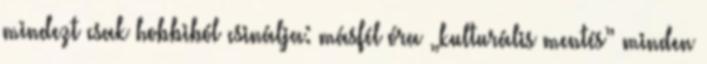
mindezt csak hobbiból csinálja: másfél óra „kulturális mentés” minden